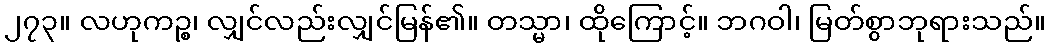
၂၇၃။ လဟုကဉ္စ၊ လျှင်လည်းလျှင်မြန်၏။ တသ္မာ၊ ထိုကြောင့်။ ဘဂဝါ၊ မြတ်စွာဘုရားသည်။